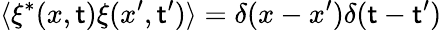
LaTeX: \langle\xi^{*}(x,\mathsf{t})\xi(x^{\prime},\mathsf{t}^{\prime})\rangle=\delta(x-x^{\prime})\delta(\mathsf{t}-\mathsf{t}^{\prime})